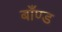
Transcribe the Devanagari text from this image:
बाँण्ड